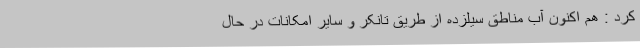
کرد : هم اکنون آب مناطق سیلزده از طریق تانکر و سایر امکانات در حال